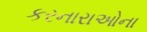
કરનારાઓના